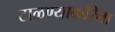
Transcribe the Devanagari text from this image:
टाळण्याकरिता